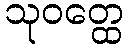
သုဝတ္ထေ